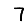
Digit: 7